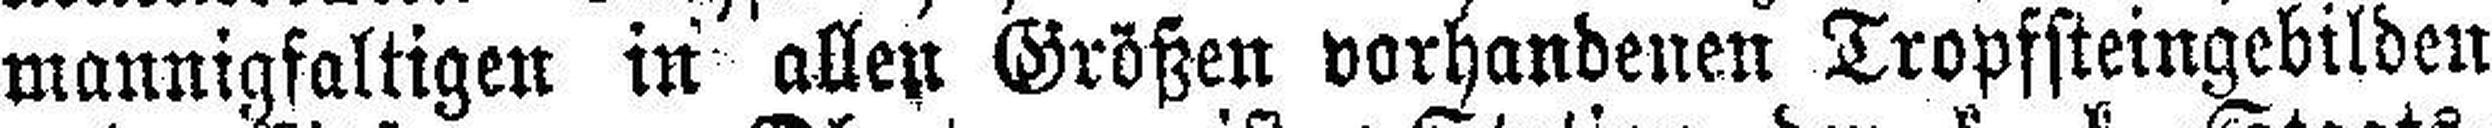
mannigfaltigen in allen Größen vorhandenen Tropfsteingebilden